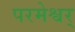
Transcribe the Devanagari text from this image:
परमेश्वर्